Indian journal of veterinary science and animal husbandry - Volume 4,
Year: 1934
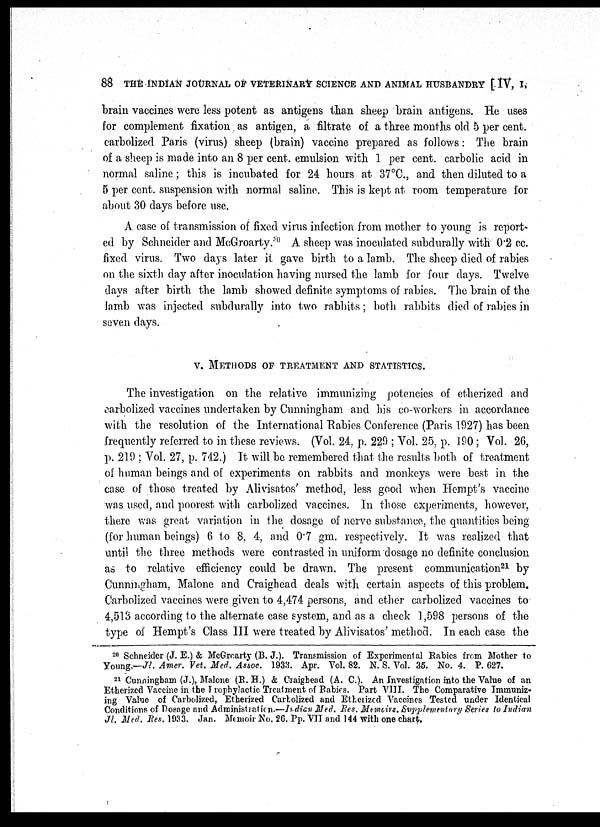
88 THE INDIAN JOURNAL OF VETERINARY SCIENCE AND ANIMAL HUSBANDRY [ IV, I,
brain vaccines were less potent as antigens than sheep brain antigens. He uses
for complement fixation as antigen, a filtrate of a three months old 5 per cent.
carbolized Paris (virus) sheep (brain) vaccine prepared as follows: The brain
of a sheep is made into an 8 per cent. emulsion with 1 per cent. carbolic acid in
normal saline; this is incubated for 24 hours at 37°C., and then diluted to a
5 per cent. suspension with normal saline. This is kept at room temperature for
about 30 days before use.
A case of transmission of fixed virus infection from mother to young is report-
ed by Schneider and McGroarty. 20 A sheep was inoculated subdurally with 0.2 cc.
fixed virus. Two days later it gave birth to a lamb. The sheep died of rabies
on the sixth day after inoculation having nursed the lamb for four days. Twelve
days after birth the lamb showed definite symptoms of rabies. The brain of the
lamb was injected subdurally into two rabbits; both rabbits died of rabies in
seven days.
v. METHODS OF TREATMENT AND STATISTICS.
The investigation on the relative immunizing potencies of etherized and
carbolized vaccines undertaken by Cunningham and his co-workers in accordance
with the resolution of the International Rabies Conference (Paris 1927) has been
frequently referred to in these reviews. (Vol. 24, p. 229 ; Vol. 25, p. 190 ; Vol. 26,
p. 219 ; Vol. 27, p. 742.) It will be remembered that the results both of treatment
of human beings and of experiments on rabbits and monkeys were best in the
case of those treated by Alivisatos' method, less good when Hempt's vaccine
was used, and poorest with carbolized vaccines. In those experiments, however,
there was great variation in the dosage of nerve substance, the quantities being
(for human beings) 6 to 8, 4, and 0.7 gm. respectively. It was realized that
until the three methods were contrasted in uniform dosage no definite conclusion
as to relative efficiency could be drawn. The present communication 21 by
Cunningham, Malone and Craighead deals with certain aspects of this problem.
Carbolized. vaccines were given to 4,474 persons, and ether carbolized vaccines to
4,513 according to the alternate case system, and as a check 1,598 persons of the
type of Hempt's Class III were treated by Alivisatos' method. In each case the
20 Schneider (J. E.) & McGroarty (B. J.). Transmission of Experimental Rabies from Mother to
Young.—Jl. Amer. Vet. Med. Assoc. 1933. Apr. Vol. 82. N. S. Vol. 35. No. 4. P. 627.
21 Cunningham (J.), Malone (E.H.) & Craighead (A. C). An Investigation into the Value of an
Etherized Vaccine in the Prophylactic Treatment of Babies. Part VIII. The Comparative Immuniz-
ing Value of Carbolized, Etherized Carbolized and Etherized Vaccines Tested under Identical
Conditions of Dosage and Administration.—Indian Med. Res. Memoirs. Supplementory Series to Indian
Jl. Med. Res. 1933. Jan. Memoir No. 26. Pp. VII and 144 with one chart.